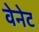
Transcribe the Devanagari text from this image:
वेनेट